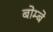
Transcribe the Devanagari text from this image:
बोम्‍बे